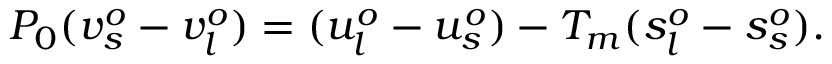
P _ { 0 } ( v _ { s } ^ { o } - v _ { l } ^ { o } ) = ( u _ { l } ^ { o } - u _ { s } ^ { o } ) - T _ { m } ( s _ { l } ^ { o } - s _ { s } ^ { o } ) .